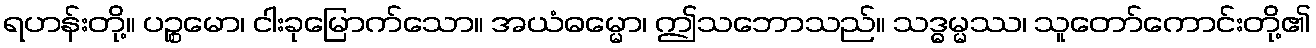
ရဟန်းတို့။ ပဉ္စမော၊ ငါးခုမြောက်သော။ အယံဓမ္မော၊ ဤသဘောသည်။ သဒ္ဓမ္မဿ၊ သူတော်ကောင်းတို့၏